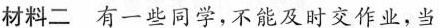
材料二 有一些同学，不能及时交作业，当